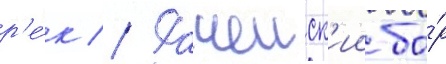
р'е́к // Рачеиск'ии бо́р